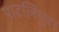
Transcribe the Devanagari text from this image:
पाटलिपुत्र।